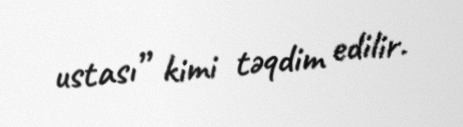
ustası” kimi təqdim edilir.